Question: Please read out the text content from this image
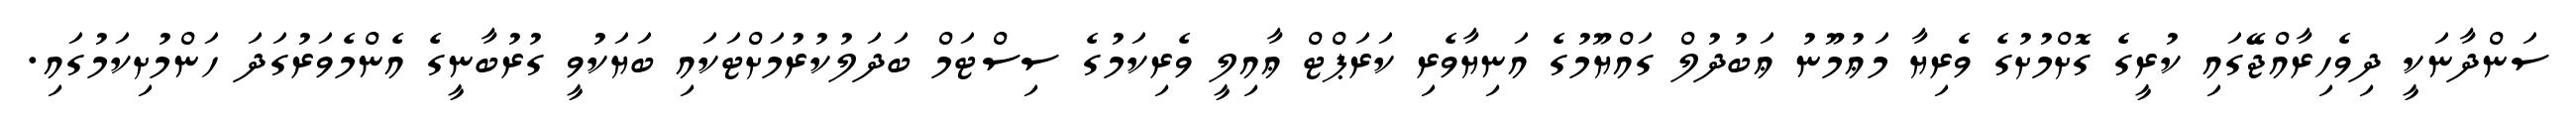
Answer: ސަންދާނަކީ ދިވެހިރާއްޖޭގައި ކުރީގެ ގޮށްމުށުގެ ވެރިޔާ މަޢުމޫނު ޢަބުދުލް ގައްޔޫމުގެ އަނިޔާވެރި ކަރަޕްޓް ޢާއިލީ ވެރިކަމުގެ ސިސްޓަމް ބަދަލުކުރުމަށްޓަކައި ބަޔަކުވީ ގުރުބާނީގެ އެންމެވަރުގަދަ ހަންމުށިކަމުގައި.